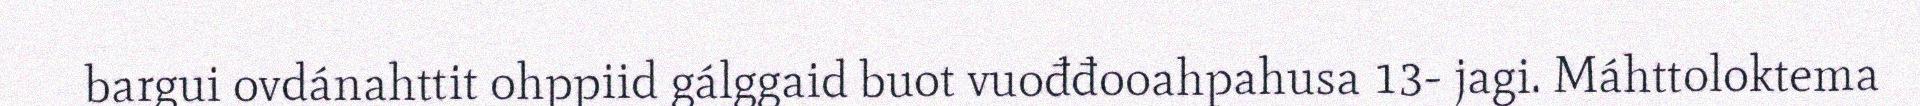
bargui ovdánahttit ohppiid gálggaid buot vuođđooahpahusa 13- jagi. Máhttoloktema